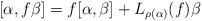
LaTeX: \begin{gather*}[\alpha,f\beta]=f[\alpha,\beta]+L_{\rho(\alpha)}(f)\beta\end{gather*}